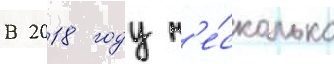
В 2018 году н'е́сколько